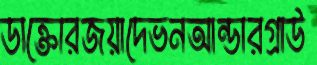
ডাক্তোরজয়াদেভনআন্ডারগ্রাউ